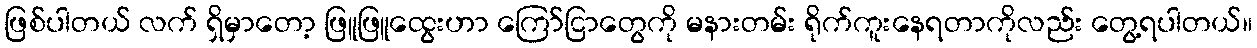
ဖြစ်ပါတယ် လက် ရှိမှာတော့ ဖြူဖြူထွေးဟာ ကြော်ငြာတွေကို မနားတမ်း ရိုက်ကူးနေရတာကိုလည်း တွေ့ရပါတယ်။